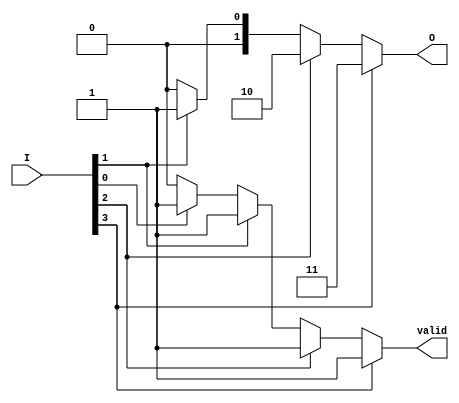
module binary_encoder (
    input wire [3:0] I,  // 4 input lines
    output reg [1:0] O,  // 2 output lines
    output reg valid      // Indicates if the output is valid (active input)
);

    always @(*) begin
        // Default output values
        O = 2'b00;  // Default output when no input is active
        valid = 1'b0; // Default valid signal

        // Priority encoding logic
        if (I[3]) begin
            O = 2'b11; // Output for I[3]
            valid = 1'b1;
        end else if (I[2]) begin
            O = 2'b10; // Output for I[2]
            valid = 1'b1;
        end else if (I[1]) begin
            O = 2'b01; // Output for I[1]
            valid = 1'b1;
        end else if (I[0]) begin
            O = 2'b00; // Output for I[0]
            valid = 1'b1;
        end
    end

endmodule